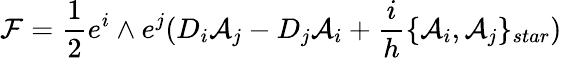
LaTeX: {\cal{F}}=\frac{1}{2}e^{i}\wedge e^{j}(D_{i}{\cal{A}}_{j}-D_{j}{\cal{A}}_{i}+\frac{i}{h}\{ {\cal{A}}_{i},{\cal{A}}_{j}\} _{star})